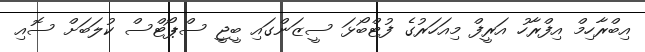
އިބްރާހިމް އިފްރާހު އަރީފް މިއަހަރުގެ ފުޓްބޯޅަ ސީޒަންގައި ބީޖީ ސްޕޯޓްސް ކުލަބަށް ސޮއި